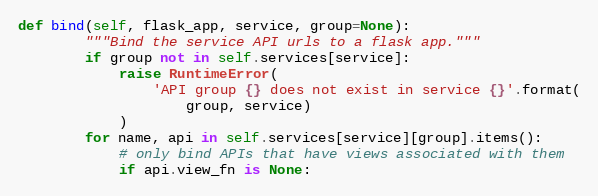
Language: Python
def bind(self, flask_app, service, group=None):
        """Bind the service API urls to a flask app."""
        if group not in self.services[service]:
            raise RuntimeError(
                'API group {} does not exist in service {}'.format(
                    group, service)
            )
        for name, api in self.services[service][group].items():
            # only bind APIs that have views associated with them
            if api.view_fn is None: